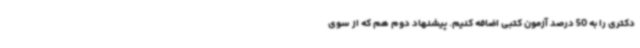
دکتری را به 50 درصد آزمون کتبی اضافه کنیم. پیشنهاد دوم هم که از سوی